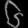
Digit: ၆